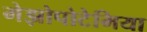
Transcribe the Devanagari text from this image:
मेझोपोटेमिया